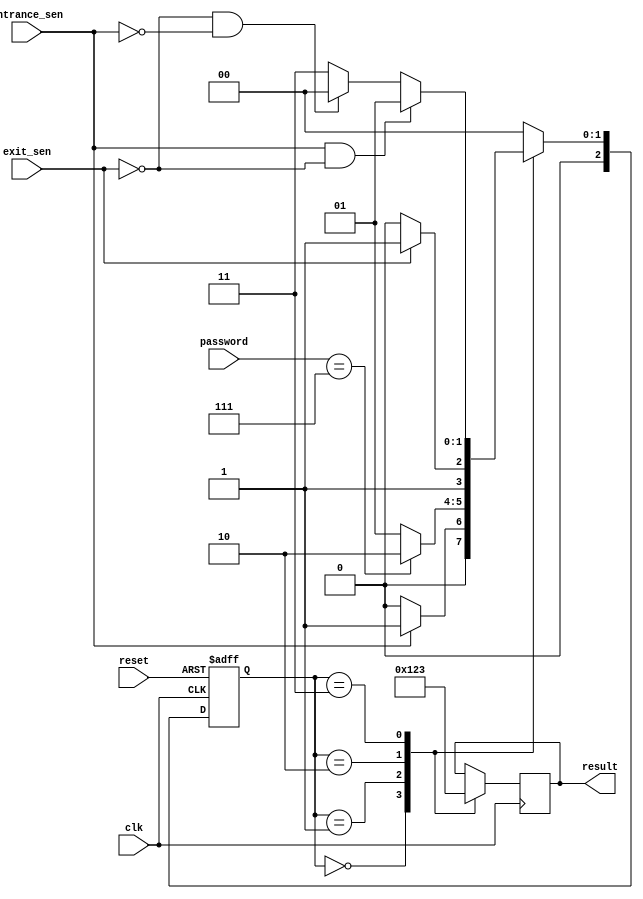
`timescale 1ns / 1ps
//////////////////////////////////////////////////////////////////////////////////
// Company: 
// Engineer: 
// 
// Design Name: 
// Module Name:    s_carpark 
// Project Name: 
// Target Devices: 
// Tool versions: 
// Description: 
//
// Dependencies: 
//
// Revision: 
// Revision 0.01 - File Created
// Additional Comments: 
//
//////////////////////////////////////////////////////////////////////////////////
`timescale 1ns / 1ps

module Car_Parking(clk,reset,entrance_sen,exit_sen,password,result);
input clk,reset,entrance_sen,exit_sen;
input[2:0] password;
output [3:0]result;
reg[3:0] result;
parameter idle=3'b000,check=3'b001,opengate=3'b010,closegate=3'b011;
reg[2:0]current_state,next_state;


//NEXT STATE
always@(posedge clk or posedge reset)
begin
if(reset)
current_state=idle;
else
current_state=next_state;
end

//CHANGE STATE
always@(*)
begin
case(current_state)
idle:begin
     if(entrance_sen==1)
	  next_state=check;
	  else
	  next_state=idle;
	  end
check:begin
               if(password==3'b111)
					next_state=opengate;
					else
					next_state=check;
					end
opengate:begin
               if(exit_sen==1)
               next_state=closegate;
					else
					next_state=opengate;
			      end
closegate:begin
     if(entrance_sen==1 && exit_sen==0)
	  next_state=check;
	  else if(exit_sen==0 && entrance_sen==0)
	  next_state=idle;
	  else 
	  next_state=closegate;
	  end
default:next_state=idle;
endcase
end

//OUTPUT
always@(posedge clk)
begin
case(current_state)
idle:begin
   result=4'b0000;
	end
check:begin
               result=4'b0001;
					end
opengate:begin
     result=4'b0010;
	  end
closegate:begin
     result=4'b0011;
	  end
endcase
end
endmodule